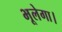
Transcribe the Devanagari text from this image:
भूलेगा।